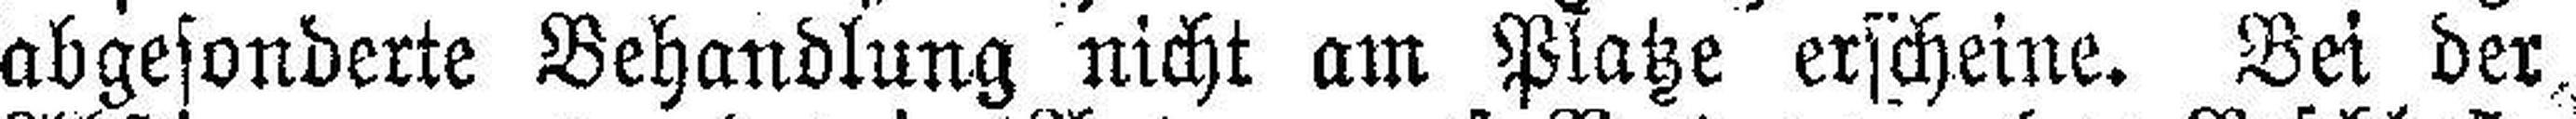
abgesonderte Behandlung nicht am Platze erscheine. Bei der